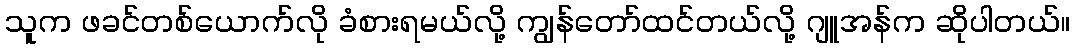
သူက ဖခင်တစ်ယောက်လို ခံစားရမယ်လို့ ကျွန်တော်ထင်တယ်လို့ ဂျူအန်က ဆိုပါတယ်။